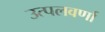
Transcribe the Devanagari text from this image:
उत्पलवर्णा